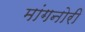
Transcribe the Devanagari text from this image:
मांगनोरी